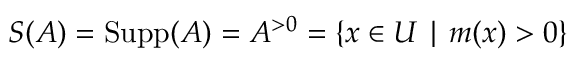
S ( A ) = \operatorname { S u p p } ( A ) = A ^ { > 0 } = \{ x \in U \mid m ( x ) > 0 \}